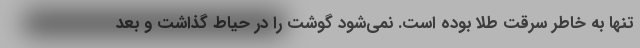
تنها به خاطر سرقت طلا بوده است. نمی‌شود گوشت را در حیاط گذاشت و بعد